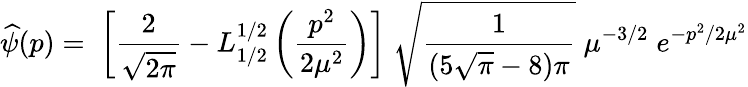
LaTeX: \widehat{\psi}(p)=\; \left[\frac{2}{\sqrt{2\pi}}-L_{1/2}^{1/2}\left(\frac{p^{2}}{2\mu^{2}}\right)\right]\; \sqrt{\frac{1}{(5\sqrt{\pi}-8)\pi}}\; \mu^{-3/2}\; e^{-p^{2}/2\mu^{2}}